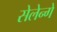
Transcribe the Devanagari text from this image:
सेलेन्गे